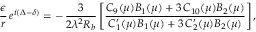
\frac { \epsilon } { r } \, e ^ { i ( \Delta - \delta ) } = - \, \frac { 3 } { 2 \lambda ^ { 2 } R _ { b } } \left[ \frac { C _ { 9 } ( \mu ) B _ { 1 } ( \mu ) + 3 \, C _ { 1 0 } ( \mu ) B _ { 2 } ( \mu ) } { C _ { 1 } ^ { \prime } ( \mu ) B _ { 1 } ( \mu ) + 3 \, C _ { 2 } ^ { \prime } ( \mu ) B _ { 2 } ( \mu ) } \right] ,